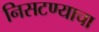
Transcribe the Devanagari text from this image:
निसटण्याचा